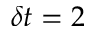
\delta t = 2